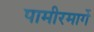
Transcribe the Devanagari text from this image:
पामीरमार्गे